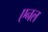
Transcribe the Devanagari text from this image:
एनल